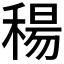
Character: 𥠜